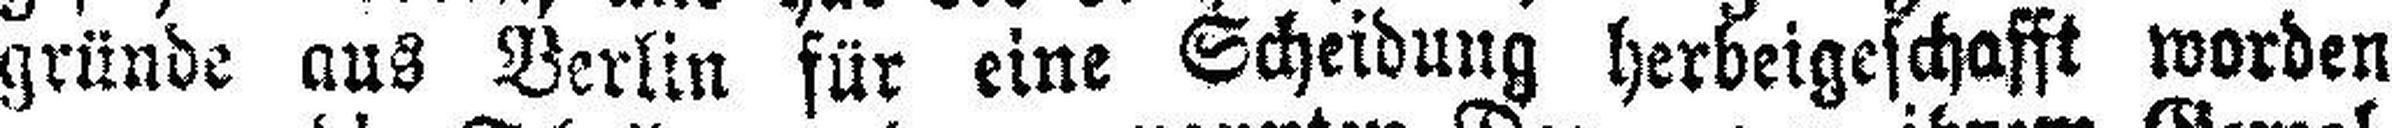
gründe aus Berlin für eine Scheidung herbeigeschafft worden